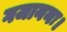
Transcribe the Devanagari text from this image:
गजाननः।